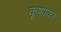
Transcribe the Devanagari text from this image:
कृष्णका